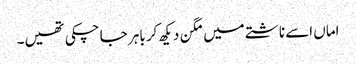
اماں اسے ناشتے میں مگن دیکھ کر باہر جا چکی تھیں۔